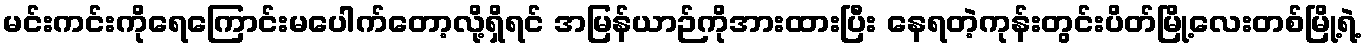
မင်းကင်းကိုရေကြောင်းမပေါက်တော့လို့ရှိရင် အမြန်ယာဉ်ကိုအားထားပြီး နေရတဲ့ကုန်းတွင်းပိတ်မြို့လေးတစ်မြို့ရဲ့